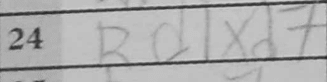
Transcription: Rd1xd7